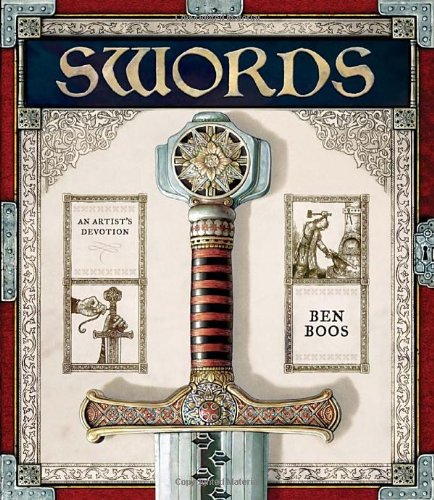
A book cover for Swords: An Artist's Devotion; Ben Boos; Children's Books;